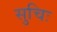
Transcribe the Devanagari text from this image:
सुचिः